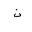
Letter: _non